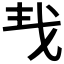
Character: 𢦒